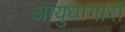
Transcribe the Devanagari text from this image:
आयुधागारों